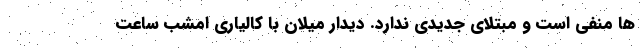
ها منفی است و مبتلای جدیدی ندارد. دیدار میلان با کالیاری امشب ساعت